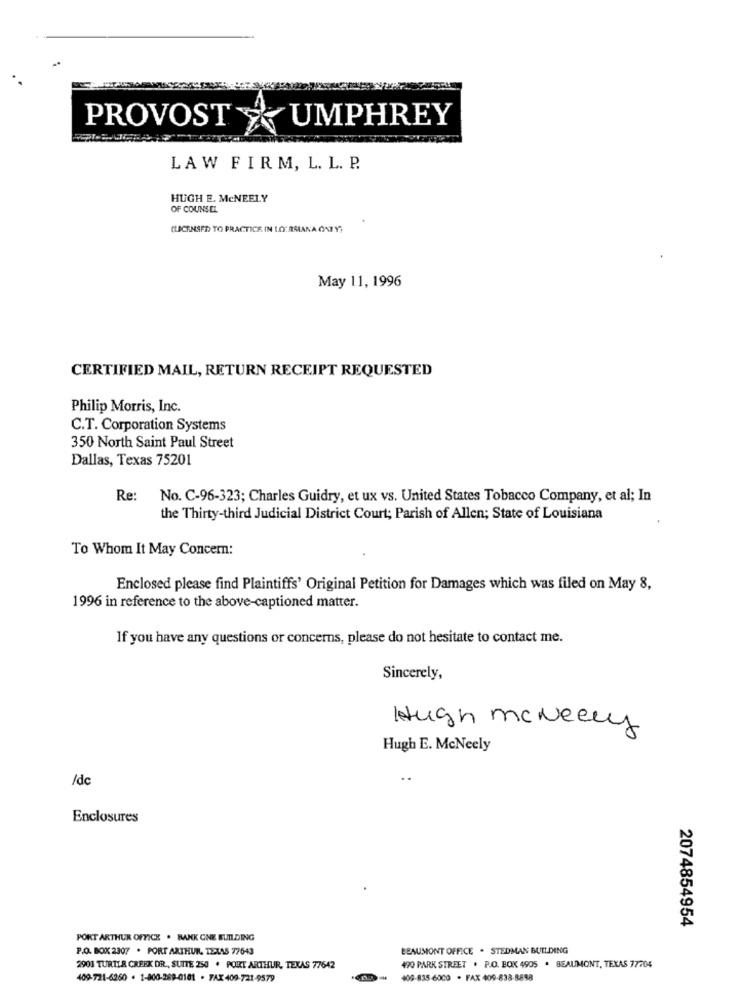
PROVOST
UMPHREY
LAW FIRM, L. L. P.
HUGH E. MCNEELY
OF COUNSEL
(LICENSED TO PRACTICE IN LO: ASIANA ONT Y)
May 11, 1996
CERTIFIED MAIL, RETURN RECEIPT REQUESTED
Philip Morris, Inc.
C.T. Corporation Systems
350 North Saint Paul Street
Dallas, Texas 75201
Re: No. C-96-323; Charles Guidry, et ux vs. United States Tobacco Company, et al; In
the Thirty-third Judicial District Court; Parish of Allen; State of Louisiana
To Whom It May Concern:
Enclosed please find Plaintiffs' Original Petition for Damages which was filed on May 8,
1996 in reference to the above-captioned matter.
If you have any questions or concerns, please do not hesitate to contact me.
Sincerely,
Hugh mcneely
Hugh E. McNeely
/dc
Enclosures
2074854954
PORT ARTHUR OFFICE . BANK GNE BUILDING
P.O. BOX 2307 . PORT ARTHUR, TEXAS 77643
BEAUMONT OFFICE . STEDMAN BUILDING
2901 TURTLE CREEK DR ., SUITE 250 . PORT ARTHUR, TEXAS 77642
490 PARK STREET . P.O. BOK 4905 . BEAUMONT, TEXAS 77704
409-721-6260 . 1-800-269-0181 - FAX 409-721-9579
409-835-6000 . FAX 409-838-8888